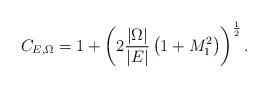
LaTeX: \begin{align*} C_{E,\Omega} = 1+\left(2\frac{|\Omega|}{|E|}\left(1+M_1^2\right)\right)^\frac{1}{2}.\end{align*}